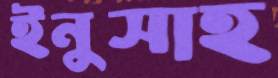
ইনুসাহ